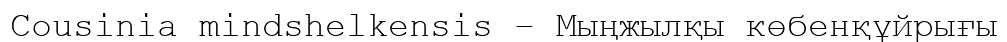
Cousinia mindshelkensis – Мыңжылқы көбенқұйрығы